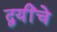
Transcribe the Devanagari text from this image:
द्वयींचे